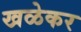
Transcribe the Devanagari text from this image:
खळेकर